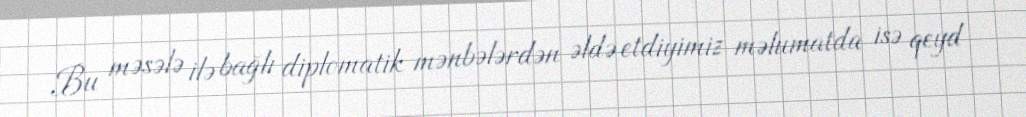
Bu məsələ ilə bağlı diplomatik mənbələrdən əldə etdiyimiz məlumatda isə qeyd